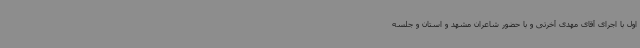
اول با اجرای آقای مهدی آخرتی و با حضور شاعران مشهد و استان و جلسه